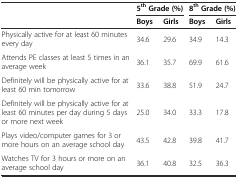
|  | <COLSPAN=2> 5thGrade (%) | <COLSPAN=2> 8thGrade (%) |
 |  | Boys | Girls | Boys | Girls |
 | --- | --- | --- | --- | --- |
 | Physically active for at least 60 minutes every day | 34.6 | 29.6 | 34.9 | 14.3 |
 | Attends PE classes at least 5 times in an average week | 36.1 | 35.7 | 69.9 | 61.6 |
 | Definitely will be physically active for at least 60 min tomorrow | 33.6 | 38.8 | 51.9 | 24.7 |
 | Definitely will be physically active for at least 60 minutes per day during 5 days or more next week | 25.0 | 34.0 | 33.3 | 17.8 |
 | Plays video/computer games for 3 or more hours on an average school day | 43.5 | 42.8 | 39.8 | 41.7 |
 | Watches TV for 3 hours or more on an average school day | 36.1 | 40.8 | 32.5 | 36.3 |